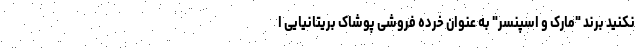
نکنید برند "مارک و اسپنسر" به عنوان خرده فروشی پوشاک بریتانیایی ا